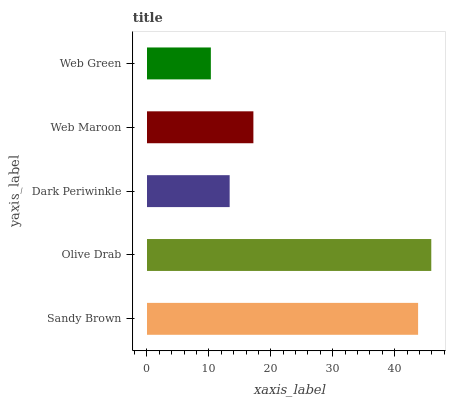
| yaxis_label | bars |
 | --- | --- |
 | Sandy Brown | 43.8 |
 | Olive Drab | 45.9 |
 | Dark Periwinkle | 13.4 |
 | Web Maroon | 17.2 |
 | Web Green | 10.3 |